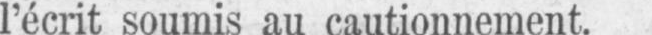
l’écrit soumis au cautionnement.